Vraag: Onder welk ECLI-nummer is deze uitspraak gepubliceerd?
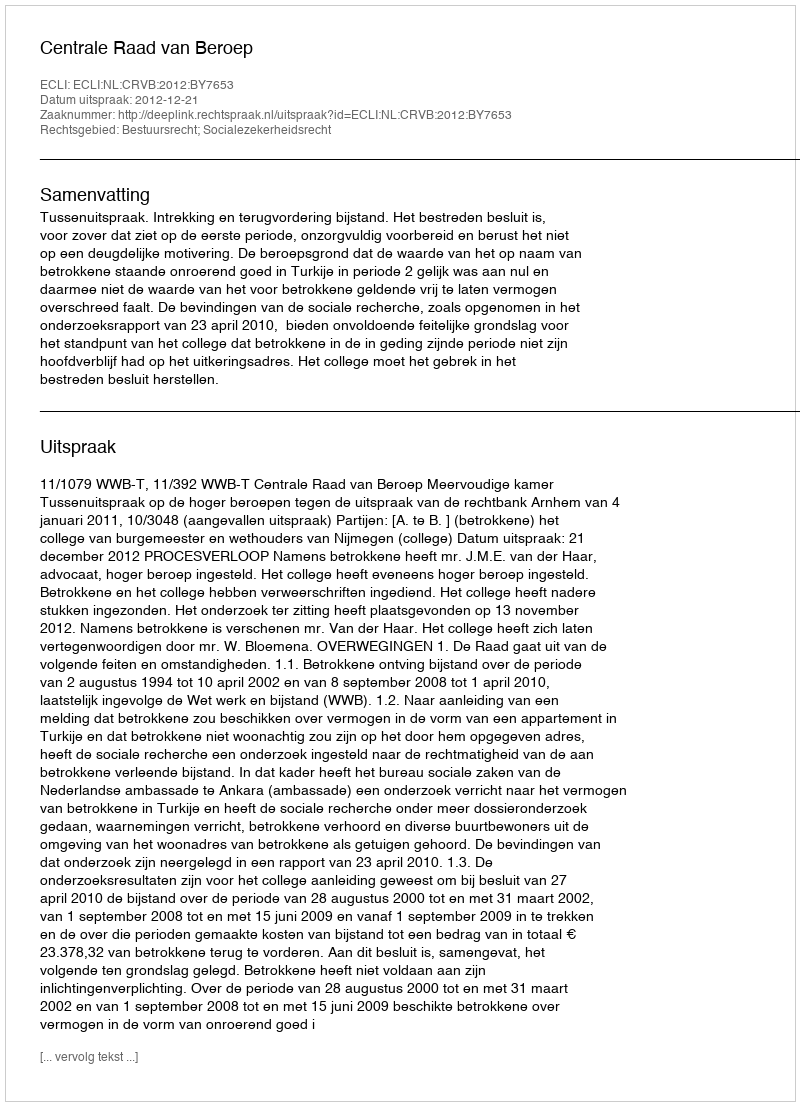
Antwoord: ECLI:NL:CRVB:2012:BY7653